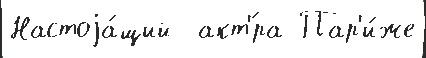
Настоjа́щий  акт'́ра Пар'и́же